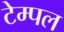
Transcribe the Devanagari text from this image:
टेम्‍पल